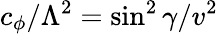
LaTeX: c_{\phi}/\Lambda^{2}=\sin^{2}\gamma/v^{2}